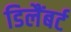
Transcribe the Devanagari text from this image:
डिलैंबर्ट